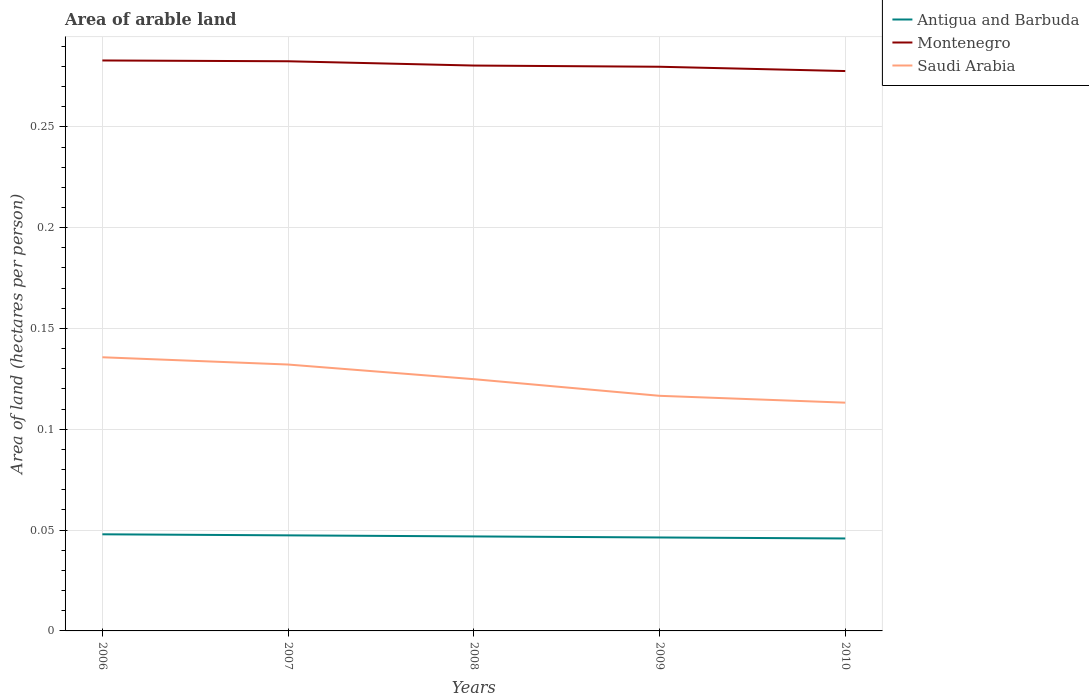
| Years | Antigua and Barbuda | Montenegro | Saudi Arabia |
 | --- | --- | --- | --- |
 | 2006 | 0.0479 | 0.283 | 0.136 |
 | 2007 | 0.0474 | 0.283 | 0.132 |
 | 2008 | 0.0469 | 0.28 | 0.125 |
 | 2009 | 0.0463 | 0.28 | 0.117 |
 | 2010 | 0.0459 | 0.278 | 0.113 |